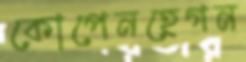
কোপেনহেগন